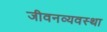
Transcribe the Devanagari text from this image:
जीवनव्यवस्था